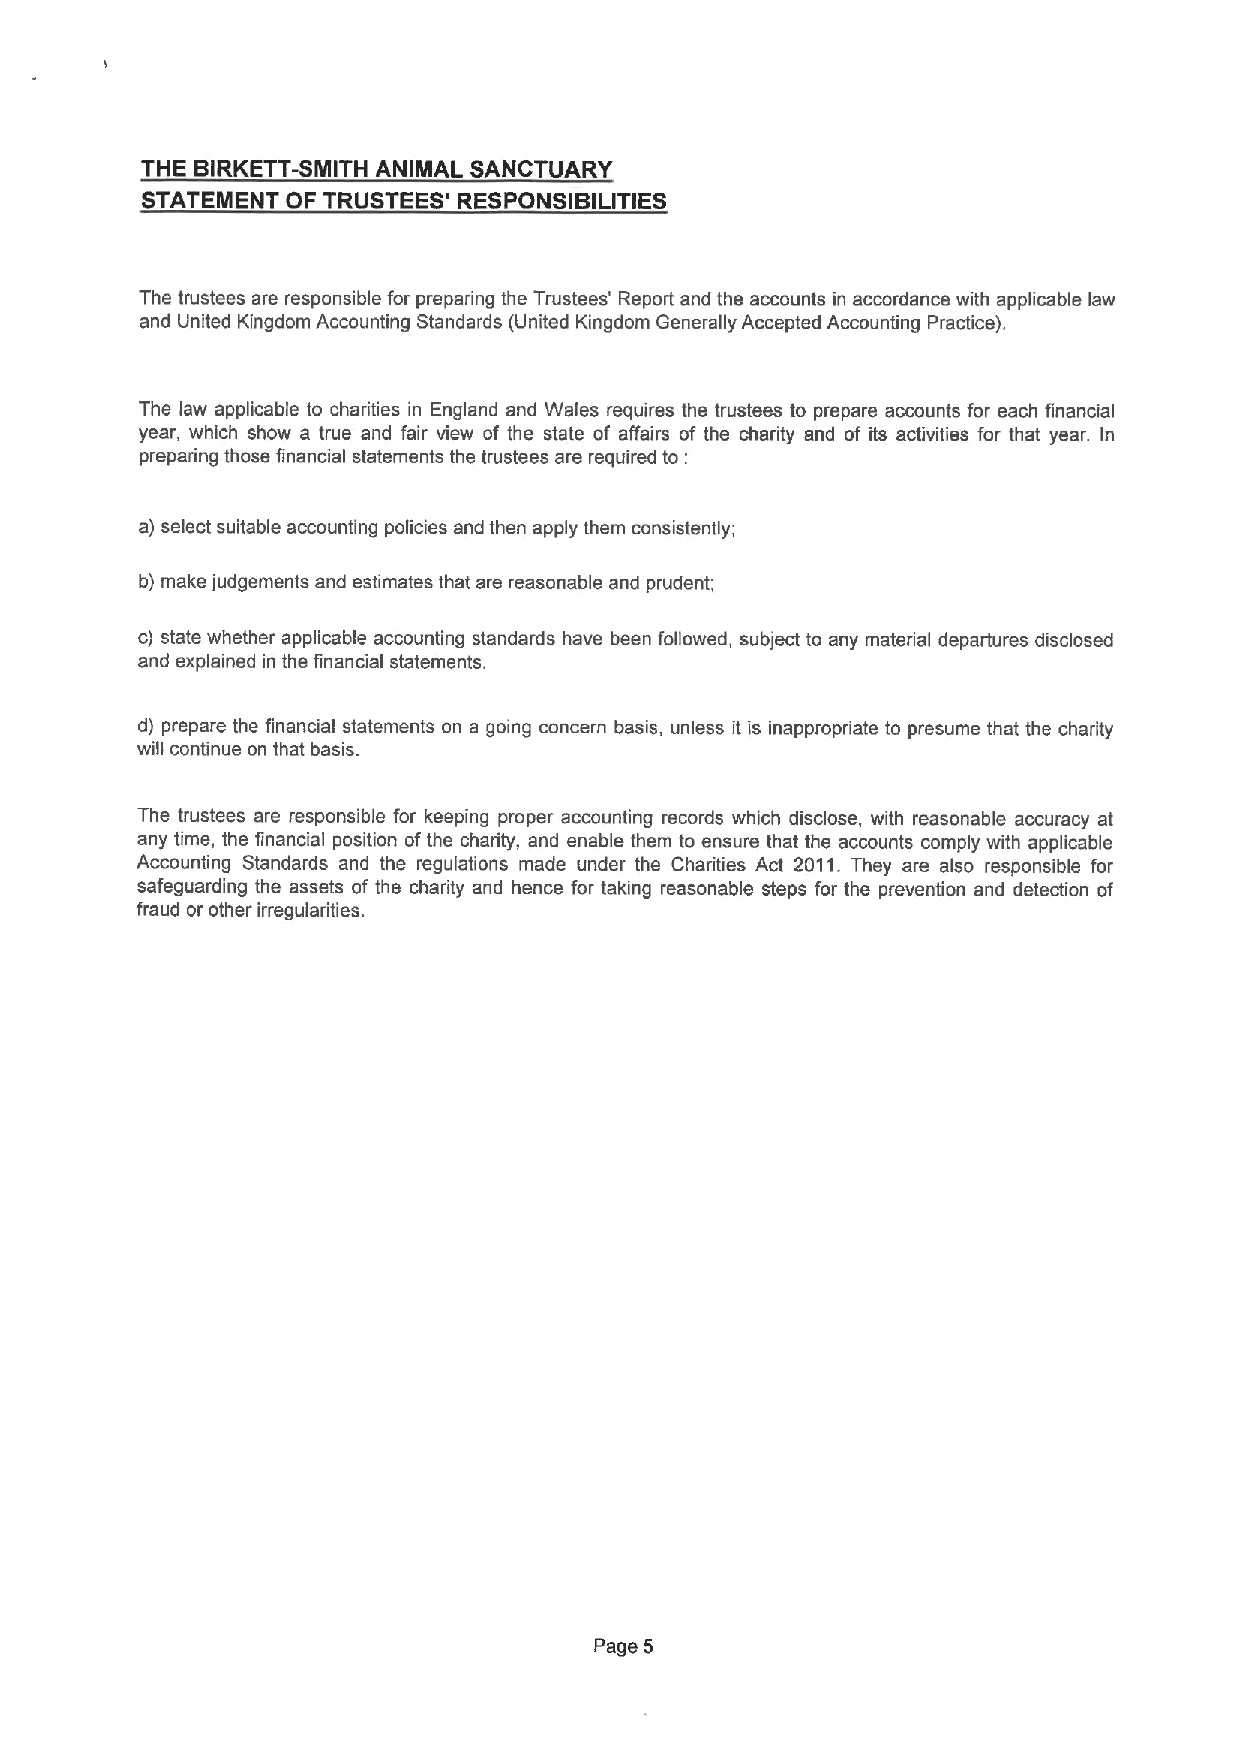
THE BIRKETT-SMITH ANIMAL SANCTUARY
 STATEMENT OF TRUSTEES' RESPONSIBILITIES
 The trustees are responsible for preparing the Trustees' Report and the accounts in accordance with applicable law
 and United Kingdom Accounting Standards (United Kingdom Generally Accepted Accounting Practice).
 The law applicable to charities in England and Wales requires the trustees to prepare accounts for each financial
 year, which show a true and fair view of the state of affairs of the charity and of its activities for that year. In
 preparing those financial statements the trustees are required to:
 a) select suitable accounting policies and then apply them consistently;
 b) make judgements and estimates that are reasonable and prudent;
 c) state whether applicable accounting standards have been followed, subject to any material departures disclosed
 and explained in the financial statements.
 d) prepare the financial statements on a going concern basis, unless it is inappropriate to presume that the charity
 will continue on that basis.
 The trustees are responsible for keeping proper accounting records which disclose, with reasonable accuracy at
 any time, the financial position ofthe charity, and enable them to ensure that the accounts comply with applicable
 Accounting Standards and the regulations made under the Charities Act 2011.They are also responsible for
 safeguarding the assets of the charity and hence for taking reasonable steps for the prevention and detection of
 fraud or other irregularities.
 Page 5